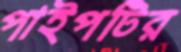
পাইপটির